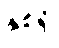
နှစ်ရှိ